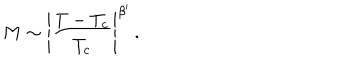
M \sim \Bigg | \frac { T - T _ { c } } { T _ { c } } \Bigg | ^ { \beta ^ { \prime } } \, .